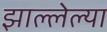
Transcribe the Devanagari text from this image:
झाल्लेल्या